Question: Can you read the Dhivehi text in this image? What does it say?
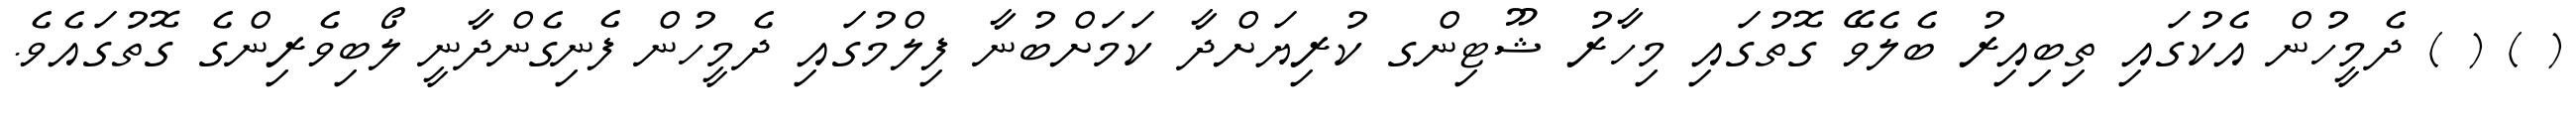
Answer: ( ) ( ) ދެމީހުން އެކުގައި ތިބިއިރު ބެލެވޭ ގޮތުގައި މިހާރު ޝޫޓިންގ ކުރިޔަށްދާ ކަމަށްބުނާ ފިލްމުގައި ދެމީހުން ފެނިގެންދާނީ ލޯބިވެރިންގެ ގޮތުގައެވެ.